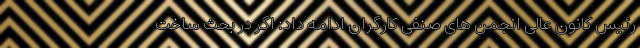
رئیس کانون عالی انجمن های صنفی کارگران ادامه داد: اگر در بحث ساخت